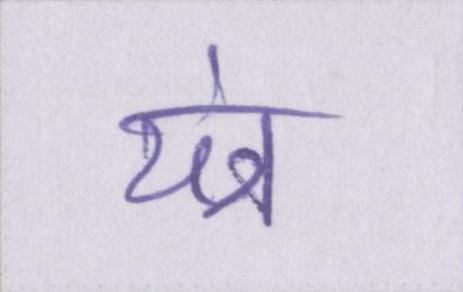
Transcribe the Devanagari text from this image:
यंत्र